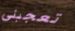
تعجبني